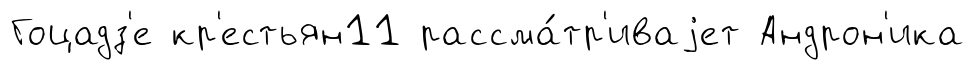
Гоцадз'е кр'естьян11 рассма́тр'иваjет Андрон'ика